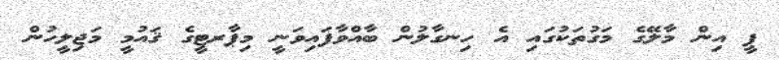
ޕީ އިން މާލޭގެ މަގުތަކުގައި އެ ހިނގާލުން ބާއްވާފައިވަނީ މިޕާރޓީގެ ޤައުމީ މަޖިލީހުން